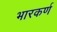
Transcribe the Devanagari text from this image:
भारकर्ण